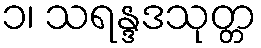
၁၊ သရန္ဒဒသုတ္တ